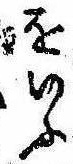
をいふ